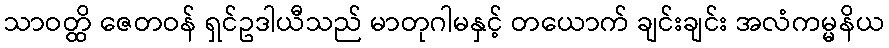
သာဝတ္ထိ ဇေတဝန် ရှင်ဥဒါယီသည် မာတုဂါမနှင့် တယောက် ချင်းချင်း အလံကမ္မနိယ